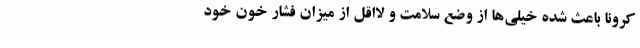
کرونا باعث شده خیلی‌ها از وضع سلامت و لااقل از میزان فشار خون خود